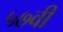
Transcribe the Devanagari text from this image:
५७वी